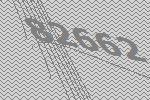
82662